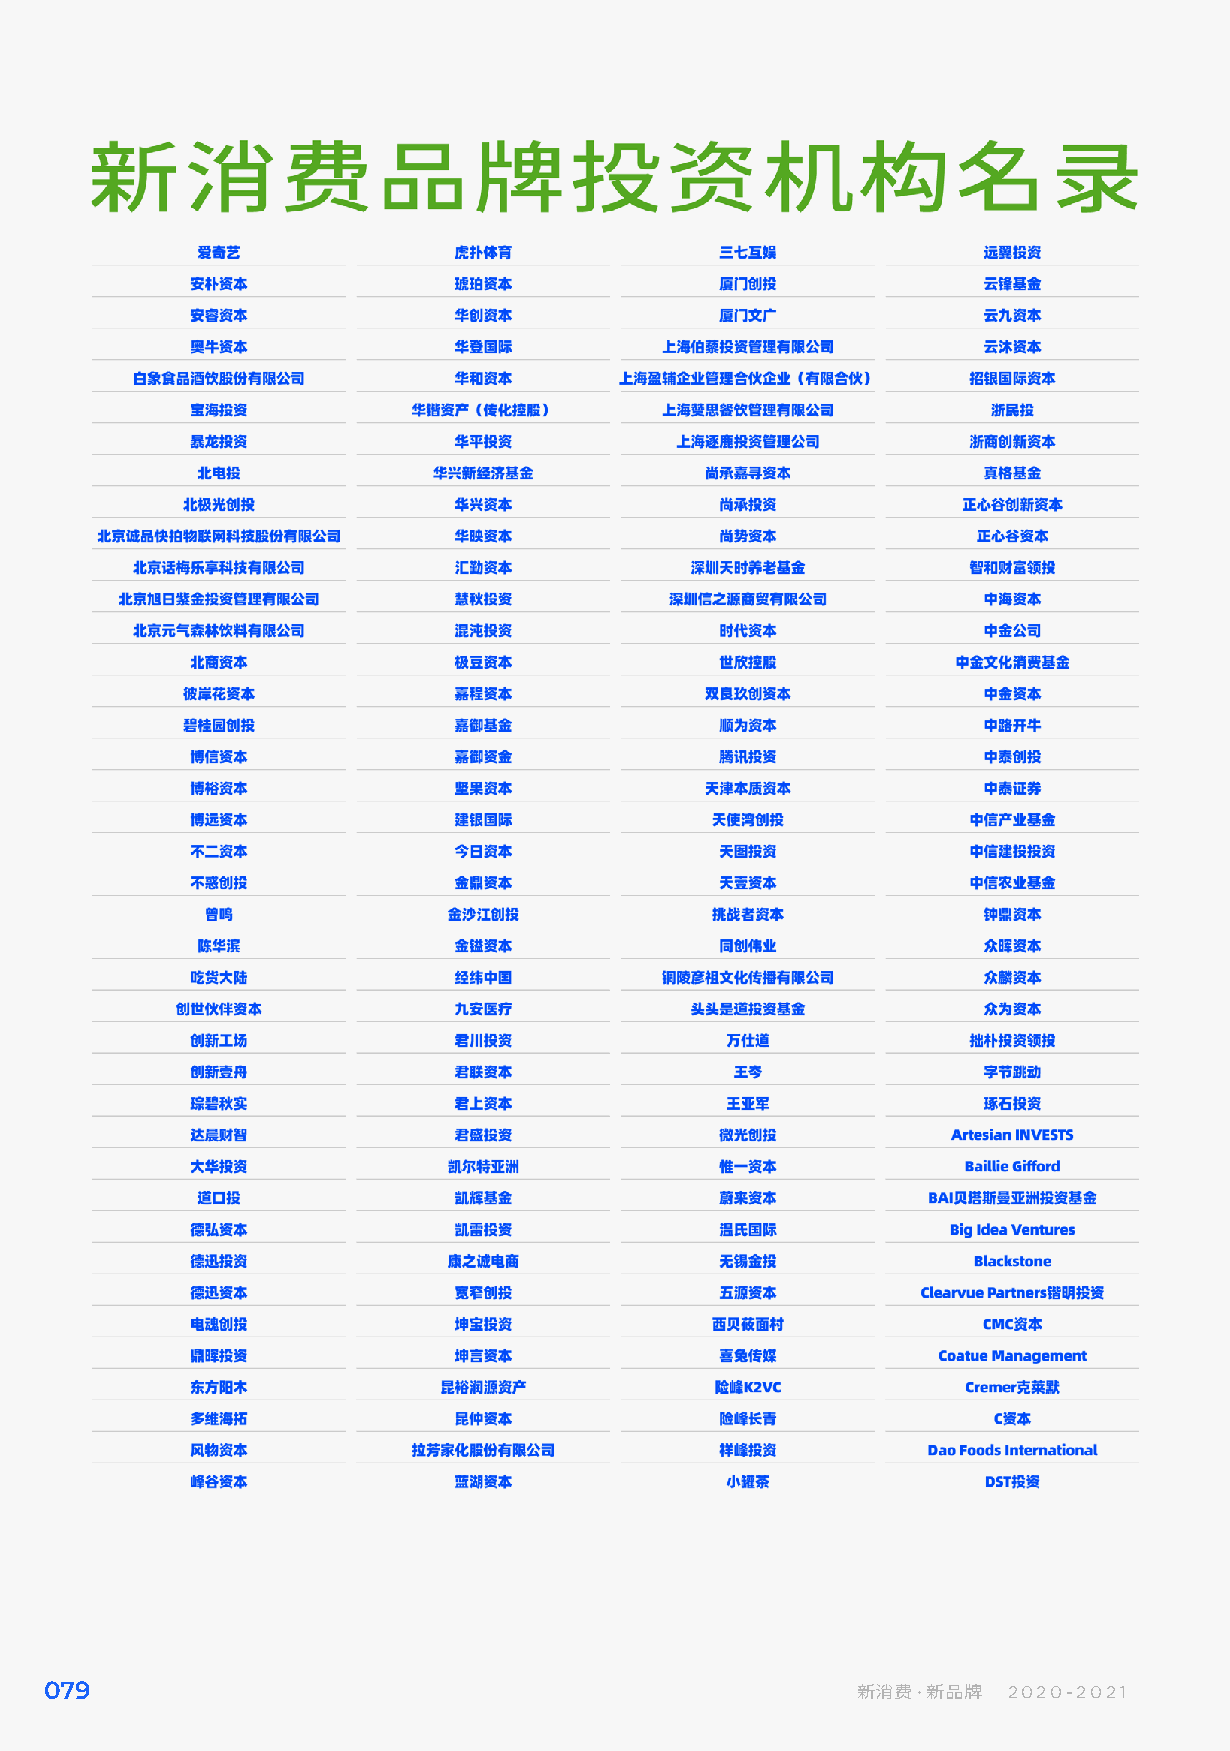
079                                                   新消费·新品牌   2020-2021